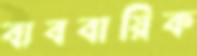
ব্যববায়িক